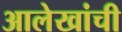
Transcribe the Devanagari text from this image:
आलेखांची